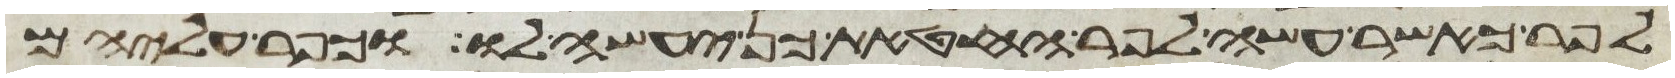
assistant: לפר כאשר עשה לפר החטאת כן יעשה לו וכפר עליהם